Code of medical and sanitary regulations for the guidance of medical officers serving in the Madras Presidency - Volume II
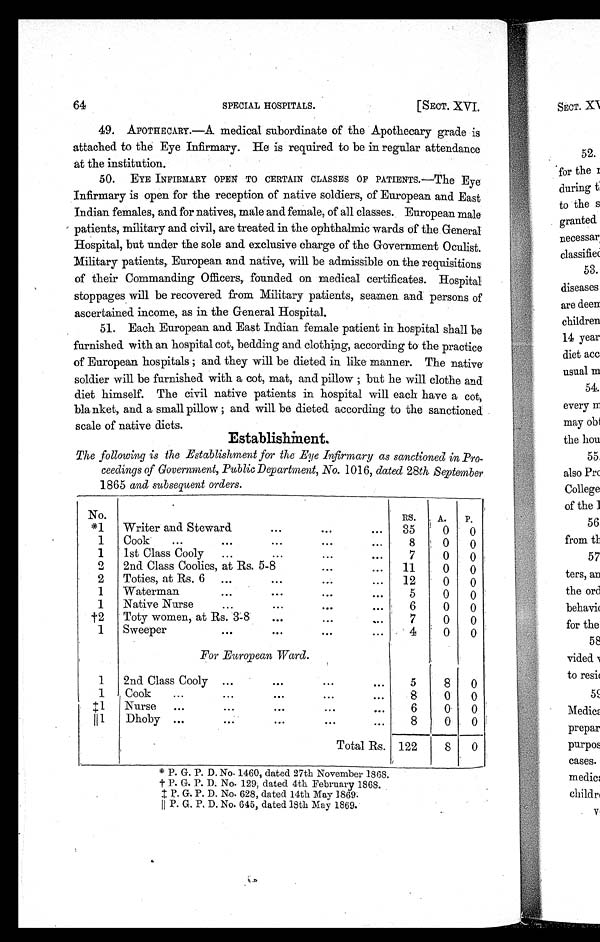
64
SPECIAL HOSPITALS.
[SECT. XVI.
49. APOTHECARY.—A medical subordinate of the Apothecary grade is
attached to the Eye Infirmary. He is required to be in regular attendance
at the institution.
50. EYE INFIRMARY OPEN TO CERTAIN CLASSES OF PATIENTS.—The Eye
Infirmary is open for the reception of native soldiers, of European and East
Indian females, and for natives, male and female, of all classes. European male
patients, military and civil, are treated in the ophthalmic wards of the General
Hospital, but under the sole and exclusive charge of the Government Oculist.
Military patients, European and native, will be admissible on the requisitions
of their Commanding Officers, founded on medical certificates. Hospital
stoppages will be recovered from Military patients, seamen and persons of
ascertained income, as in the General Hospital.
51. Each European and East Indian female patient in hospital shall be
furnished with an hospital cot, bedding and clothing, according to the practice
of European hospitals; and they will be dieted in like manner. The native
soldier will be furnished with a cot, mat, and pillow; but he will clothe and
diet himself. The civil native patients in hospital will each have a cot,
blanket, and a small pillow; and will be dieted according to the sanctioned
scale of native diets.
Establishment.
The following is the Establishment for the Eye Infirmary as sanctioned in Pro
- c e e d i n g s o f G o v e r n m e n t , P u b l i c D e p a r t m e n t , N o.
1 0 1 6 ,
d a t e d
2 8
t h S e p t e m b e r
1865 and subsequent orders.
No.
RS.
A. P.
*1 Writer and Steward
.
.
. . . .
. . . 35
0
0
1
Cook
...
...
...
. –
0 . L
8
0
0
1
1st Class Cooly ...
...
...
...
7
0
0
2
2nd Class Coolies, at Rs. 5-8
...
...
11
0
0
2 Toties, at Rs. 6 ...
. . .
. . .
. . . 12
0
0
1
Waterman
...
. . .
. . .
. . .
5
0
0
1 Native Nurse
. . .
. . .
. . .
. . .
6
0
0
t2 Toty women, at Rs. 3-8
...
...
....
7
0
0
1
Sweeper
...
...
. . .
. . .
4
0
0
For European Ward.
1
2nd Class Cooly ...
...
. . .
. . .
5
1
Cook-
...
...
...
...
. .
8
1
Nurse ...
. . .
. . .
. . .
. . .
6
0
0
1
Dhoby ...
...
...
...
...
8
0
0
Total Rs. 122
8
0
P. 1'. No. 146U, dated 27th November 1868.
t G. D. No. 129, dated 4th February 1868.
P. G. P. D. No. 628, dated 14th May 1869.
II P. G. P, D. No. 645, dated 18th May 1869.